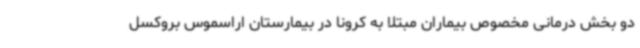
دو بخش درمانی مخصوص بیماران مبتلا به کرونا در بیمارستان اراسموس بروکسل